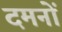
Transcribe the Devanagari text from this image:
दमनों